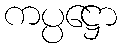
ကပ္ပဋ္ဌော